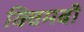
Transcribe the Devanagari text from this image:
क्विमबी